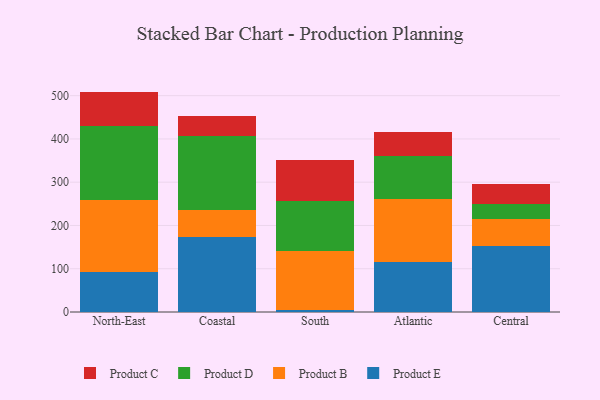
{"axis": {"x": "Region", "y": "Net Income (USD K)"}, "legend": ["Product B", "Product C", "Product D", "Product E"], "data": [{"x": "North-East", "y": 91.4, "type": "Product E"}, {"x": "North-East", "y": 168.3, "type": "Product B"}, {"x": "North-East", "y": 171.3, "type": "Product D"}, {"x": "North-East", "y": 78.4, "type": "Product C"}, {"x": "Coastal", "y": 174.4, "type": "Product E"}, {"x": "Coastal", "y": 61.3, "type": "Product B"}, {"x": "Coastal", "y": 171.8, "type": "Product D"}, {"x": "Coastal", "y": 46.4, "type": "Product C"}, {"x": "South", "y": 5.6, "type": "Product E"}, {"x": "South", "y": 136.3, "type": "Product B"}, {"x": "South", "y": 115.0, "type": "Product D"}, {"x": "South", "y": 94.6, "type": "Product C"}, {"x": "Atlantic", "y": 115.6, "type": "Product E"}, {"x": "Atlantic", "y": 145.7, "type": "Product B"}, {"x": "Atlantic", "y": 99.6, "type": "Product D"}, {"x": "Atlantic", "y": 55.6, "type": "Product C"}, {"x": "Central", "y": 152.6, "type": "Product E"}, {"x": "Central", "y": 61.7, "type": "Product B"}, {"x": "Central", "y": 36.0, "type": "Product D"}, {"x": "Central", "y": 44.5, "type": "Product C"}]}